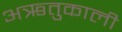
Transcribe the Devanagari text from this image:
अऋतुकाली